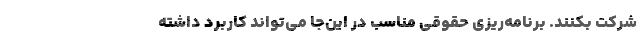
شرکت بکنند. برنامه‌ریزی حقوقی مناسب در این‌جا می‌تواند کاربرد داشته